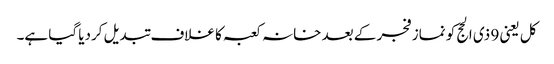
کل یعنی 9 ذی الحج کو نماز فجر کے بعد خانہ کعبہ کا غلاف تبدیل کردیا گیا ہے۔